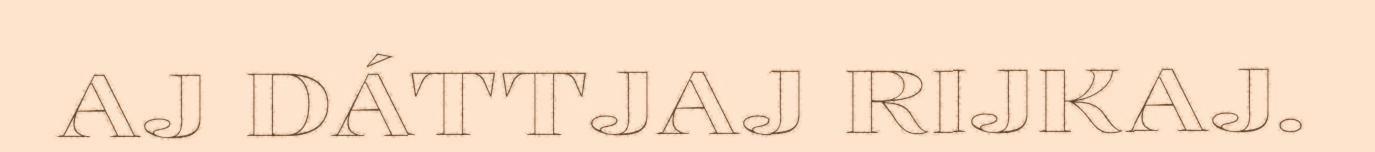
AJ DÁTTJAJ RIJKAJ.